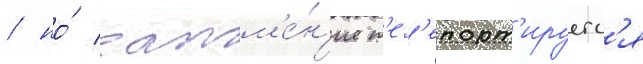
/ но́ затм'е́н'ие т'ел'епорт'ируетс'я